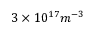
3 \times 1 0 ^ { 1 7 } m ^ { - 3 }